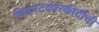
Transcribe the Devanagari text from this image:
चित्रपटकारकीर्दीची